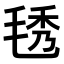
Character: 𣮁